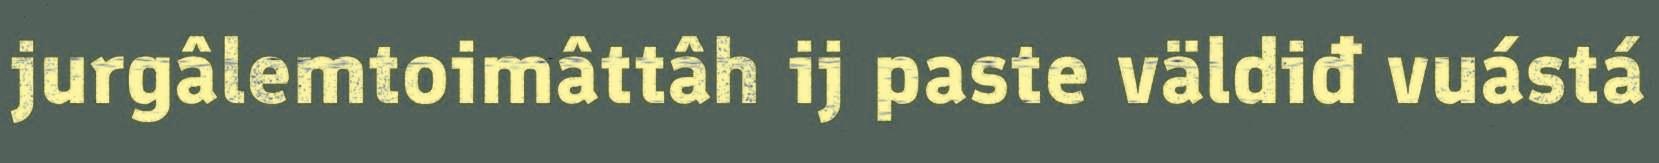
jurgâlemtoimâttâh ij paste väldiđ vuástá